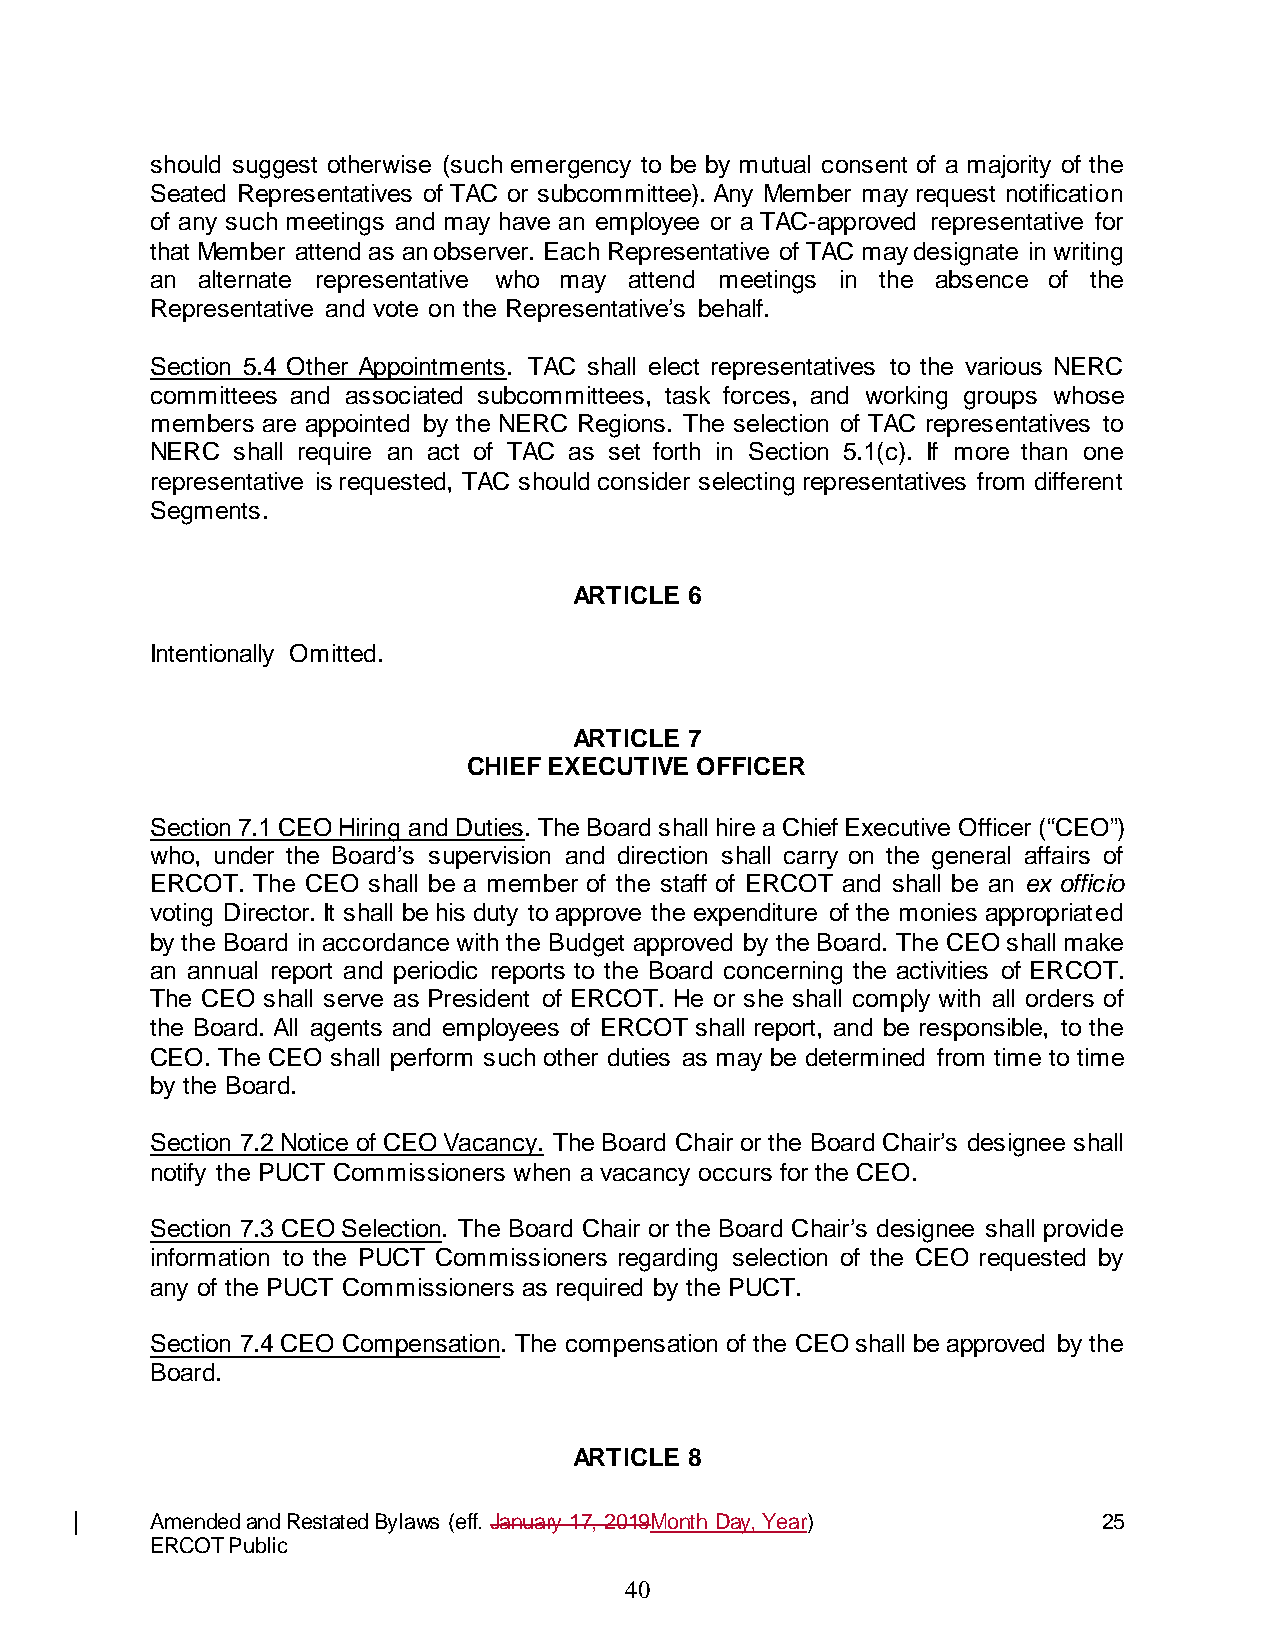
should suggest otherwise (such emergency to be by mutual consent of a majority of the
 Seated Representatives of TAC or subcommittee). Any Member may request notification
 of any such meetings and may have an employee or a TAC-approved representative for
 that Member attend as an observer. Each Representative of TAC may designate in writing
 an alternate representative who may attend meetings in the absence of the
 Representative and vote on the Representative’s behalf.
 Section 5.4 Other Appointments. TAC shall elect representatives to the various NERC
 committees and associated subcommittees, task forces, and working groups whose
 members are appointed by the NERC Regions. The selection of TAC representatives to
 NERC shall require an act of TAC as set forth in Section 5.1(c). If more than one
 representative is requested, TAC should consider selecting representatives from different
 Segments.
 ARTICLE 6
 Intentionally Omitted.
 ARTICLE 7
 CHIEF EXECUTIVE OFFICER
 Section 7.1 CEO Hiring and Duties. The Board shall hire a Chief Executive Officer (“CEO”)
 who, under the Board’s supervision and direction shall carry on the general affairs of
 ERCOT. The CEO shall be a member of the staff of ERCOT and shall be an ex officio
 voting Director. It shall be his duty to approve the expenditure of the monies appropriated
 by the Board in accordance with the Budget approved by the Board. The CEO shall make
 an annual report and periodic reports to the Board concerning the activities of ERCOT.
 The CEO shall serve as President of ERCOT. He or she shall comply with all orders of
 the Board. All agents and employees of ERCOT shall report, and be responsible, to the
 CEO. The CEO shall perform such other duties as may be determined from time to time
 by the Board.
 Section 7.2 Notice of CEO Vacancy. The Board Chair or the Board Chair’s designee shall
 notify the PUCT Commissioners when a vacancy occurs for the CEO.
 Section 7.3 CEO Selection. The Board Chair or the Board Chair’s designee shall provide
 information to the PUCT Commissioners regarding selection of the CEO requested by
 any of the PUCT Commissioners as required by the PUCT.
 Section 7.4 CEO Compensation. The compensation of the CEO shall be approved by the
 Board.
 ARTICLE 8
 Amended and Restated Bylaws (eff. January 17, 2019Month Day, Year) 25
 ERCOT Public
 40